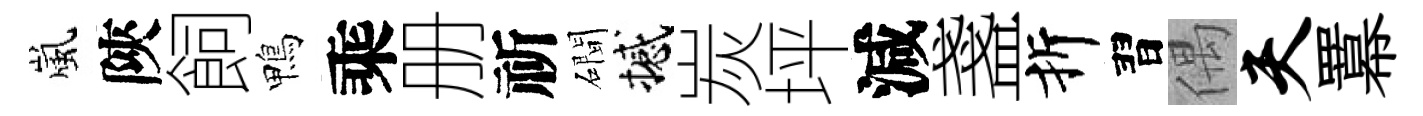
嵐陝飼鴨乘册祈磵撼炭坪減盞折習偶夫羃